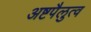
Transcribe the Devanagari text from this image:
अष्टपैलुत्व